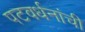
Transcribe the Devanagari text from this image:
पटवर्धनांची